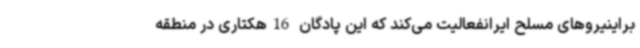
براینیروهای مسلح ایرانفعالیت می‌کند که این پادگان 16هکتاری در منطقه